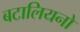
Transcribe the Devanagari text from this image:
बटालियनो